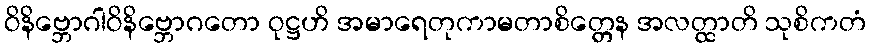
ဝိနိဗ္ဘောဂါဝိနိဗ္ဘောဂတော ဝုဋ္ဌဟိ အမာရေတုကာမတာစိတ္တေန အလတ္ထာတိ သုစိကတံ